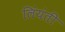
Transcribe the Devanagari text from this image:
लिंयंती